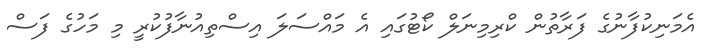
އެމަނިކުފާނުގެ ފަރާތުން ކްރިމިނަލް ކޯޓުގައި އެ މައްސަލަ އިސްތިއުނާފުކުރީ މި މަހުގެ ފަސް